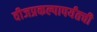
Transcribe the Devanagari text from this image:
वीजप्रकल्पापर्यंतची